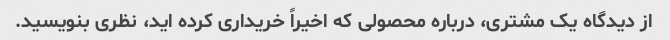
از دیدگاه یک مشتری، درباره محصولی که اخیراً خریداری کرده اید، نظری بنویسید.